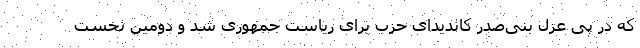
که در پی عزل بنی‌صدر کاندیدای حزب برای ریاست جمهوری شد و دومین نخست